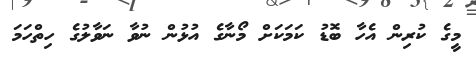
މީގެ ކުރިން އެހާ ބޮޑު ކަމަކަށް މޯނާގެ އުޅުން ނުވާ ނަވާލުގެ ހިތްހަމަ